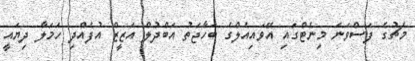
މެޗުގެ ފަސްވަނަ މިނެޓްގައި އޭވައިއެލްގެ ބަހާޖަތު އަބްދުލް އަޒީޒް އުފެއްދި ހަމަލާ ދިޔައީ